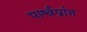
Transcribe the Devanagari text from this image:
पार्श्वप्रांत